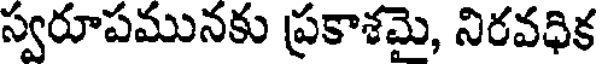
స్వరూపమునకు ప్రకాశమై, నిరవధిక